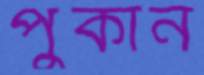
পুকান